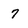
Character: 7